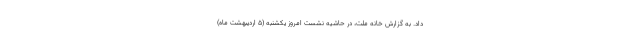
داد. به گزارش خانه ملت، در حاشیه نشست امروز یکشنبه (۵ اردیبهشت ماه)